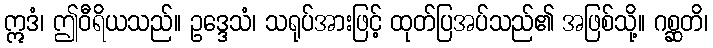
ဣဒံ၊ ဤဝီရိယသည်။ ဥဒ္ဒေသံ၊ သရုပ်အားဖြင့် ထုတ်ပြအပ်သည်၏ အဖြစ်သို့။ ဂစ္ဆတိ၊